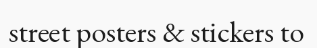
street posters & stickers to